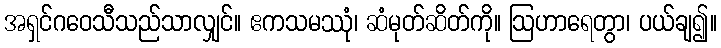
အရှင်ဂဝေသီသည်သာလျှင်။ ဧကသမဿုံ၊ ဆံမုတ်ဆိတ်ကို။ ဩဟာရေတွာ၊ ပယ်ချ၍။